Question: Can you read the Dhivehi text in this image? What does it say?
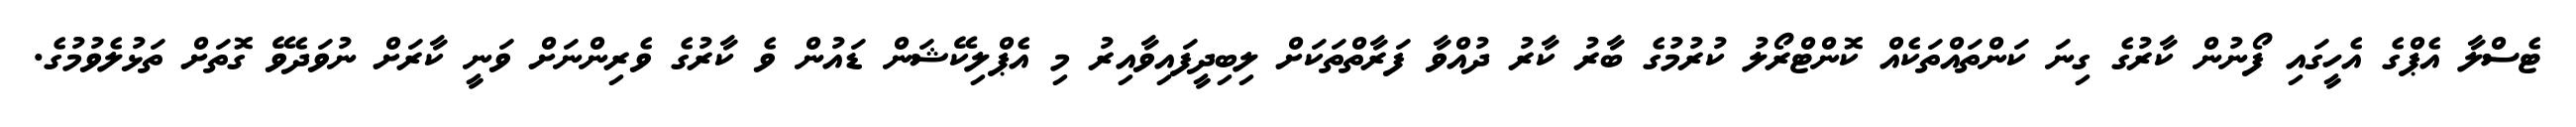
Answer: ޓެސްލާ އެޕްގެ އެހީގައި ފޯނުން ކާރުގެ ގިނަ ކަންތައްތަކެއް ކޮންޓްރޯލު ކުރުމުގެ ބާރު ކާރު ދުއްވާ ފަރާތްތަކަށް ލިބިދީފައިވާއިރު މި އެޕްލިކޭޝަން ޑައުން ވެ ކާރުގެ ވެރިންނަށް ވަނީ ކާރަށް ނުވަދެވޭ ގޮތަށް ތަޅުލެވުމުގެ.